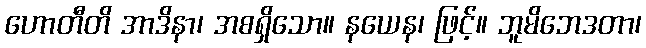
ဟောတီတိ အာဒိနာ၊ အစရှိသော။ နယေန၊ ဖြင့်။ ဘူမိဘေဒတာ၊